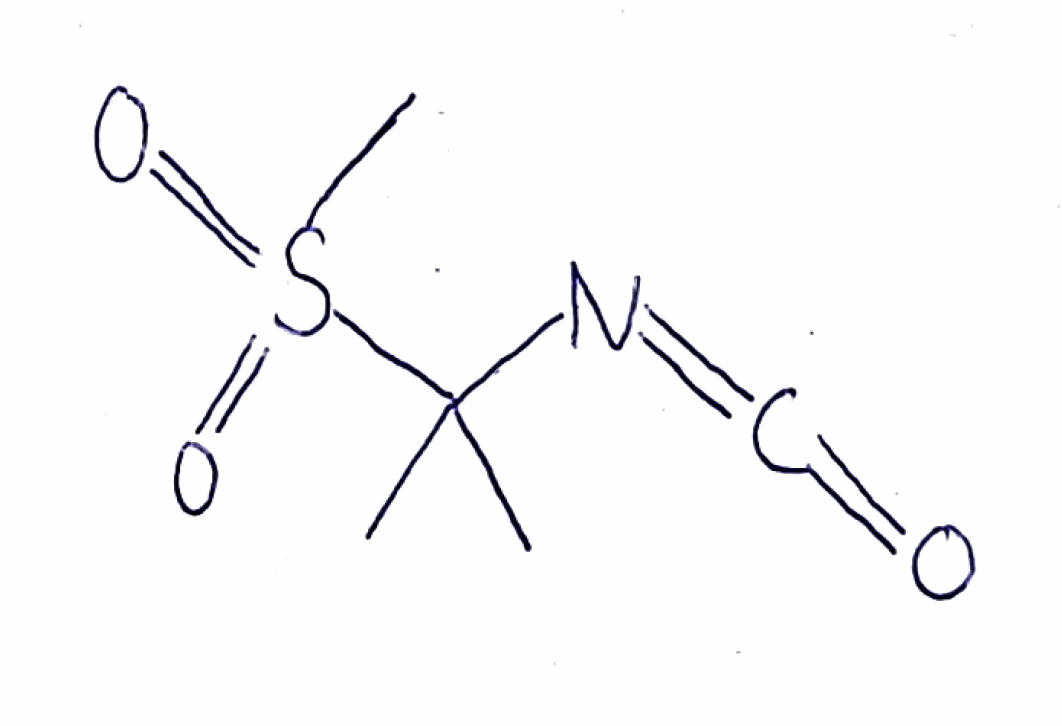
Simplified molecular-input line-entry system (SMILES) notation of the given molecule:
CC(C)(N=C=O)S(=O)(=O)C